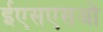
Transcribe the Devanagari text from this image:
ईएसएसओ